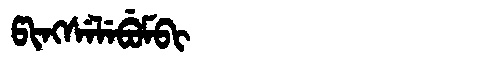
Manchu: ᡦᡳᠩᠰᡝᠯᡝᠪᡠᠮᠪᡳ
Romanization: PINGSELEBUMBI